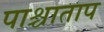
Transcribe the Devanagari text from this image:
पाश्चाताप